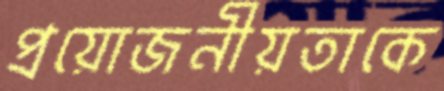
প্রয়োজনীয়তাকে